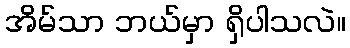
အိမ်သာ ဘယ်မှာ ရှိပါသလဲ။